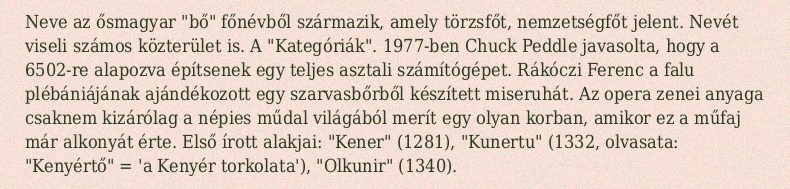
Neve az ősmagyar "bő" főnévből származik, amely törzsfőt, nemzetségfőt jelent. Nevét viseli számos közterület is. A "Kategóriák". 1977-ben Chuck Peddle javasolta, hogy a 6502-re alapozva építsenek egy teljes asztali számítógépet. Rákóczi Ferenc a falu plébániájának ajándékozott egy szarvasbőrből készített miseruhát. Az opera zenei anyaga csaknem kizárólag a népies műdal világából merít egy olyan korban, amikor ez a műfaj már alkonyát érte. Első írott alakjai: "Kener" (1281), "Kunertu" (1332, olvasata: "Kenyértő" = 'a Kenyér torkolata'), "Olkunir" (1340).